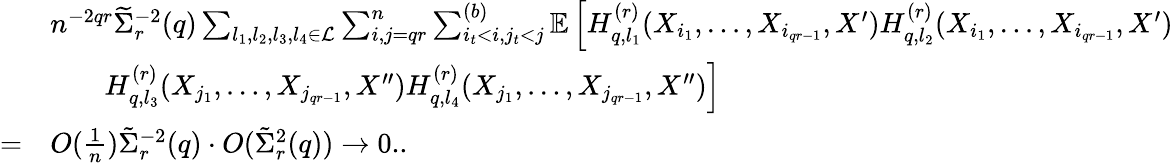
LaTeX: \begin{array}{rl}&{n^{-2qr}\widetilde\Sigma_{r}^{-2}(q)\sum_{l_{1},l_{2},l_{3},l_{4}\in\mathcal{L}}\sum_{i,j=qr}^{n}\sum_{i_{t}<i,j_{t}<j}^{(b)}\mathbb{E}\left[H_{q,l_{1}}^{(r)}(X_{i_{1}},\ldots,X_{i_{qr-1}},X^{\prime})H_{q,l_{2}}^{(r)}(X_{i_{1}},\ldots,X_{i_{qr-1}},X^{\prime})\right.}\\ &{~~~~~~~\left.H_{q,l_{3}}^{(r)}(X_{j_{1}},\ldots,X_{j_{qr-1}},X^{\prime\prime})H_{q,l_{4}}^{(r)}(X_{j_{1}},\ldots,X_{j_{qr-1}},X^{\prime\prime})\right]}\\ {=}&{O(\frac{1}{n})\tilde{\Sigma}_{r}^{-2}(q)\cdot O(\tilde{\Sigma}_{r}^{2}(q))\rightarrow 0..}\end{array}